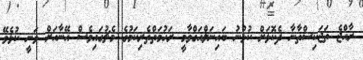
ރާއްޖެ ތަޖަކިސްތާނާ ދެކޮޅަށް ކުޅުނު ބައިނަލްއަގްވާމީ ރަހުމަތްތެރިކަމުގެ މެޗުގައިވެސް އޭނާއަށް ވަނީ ކުޅެވޭ